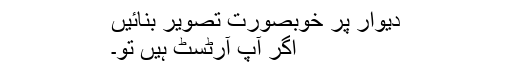
دیوار پر خوبصورت تصویر بنائیں
اگر آپ آرٹسٹ ہیں تو۔